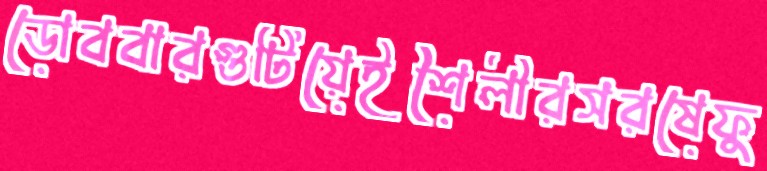
ডোববারগুটিয়েইশৈলীরসরষেফু